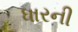
ધારની